Indian journal of veterinary science and animal husbandry - Volume 1,
Year: 1931
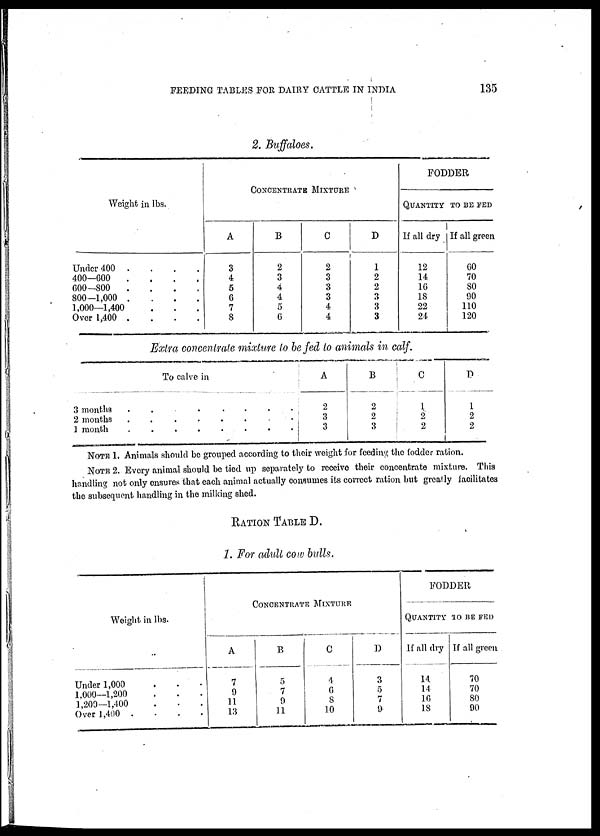
FEEDING TABLES FOR DAIRY CATTLE IN INDIA
135
2. Buffaloes.
Weight in lbs.
Under 400 .
400—600
.
600—800
.
800—1,000 .
1,000—1,400
Over 1,400 .
.
.
.
.
.
.
.
.
.
.
.
.
CONCENTRATE MIXTURE
A
3
4
5
6
7
8
B
2
3
4
4
5
6
C
2
3
3
3
4
4
D
1
2
2
3
3
3
FODDER
QUANTITY
If all dry
12
14
16
18
22
24
TO BE FED
If all green
60
70
80
90
110
120
Extra concentrate mixture to be fed to animals in calf.
3 months
2 months
1 month
To calve in
.
.
.
.
.
.
.
.
.
.
.
.
.
.
.
.
.
.
.
.
.
.
.
.
A
2
3
3
B
2
2
3
C
1
2
2
D
1
2
2
NOTE 1. Animals should be grouped according to their weight for feeding the fodder ration.
NOTE 2. Every animal should be tied up separately to receive their concentrate mixture. This
handling not only ensures that each animal actually consumes its correct ration but greatly facilitates
the subsequent handling in the milking shed.
RATION TABLE D.
1. For adult cow bulls.
Weight in lbs.
Under 1,000
1,000—1,200
1,200—1,400
Over 1,400
CONCENTRATE MIXTURE
A
7
9
11
13
B
5
7
9
11
C
4
6
8
10
D
3
5
7
9
FODDER
QUANTITY TO BE FED
If all dry
14
14
16
18
If all green
70
70
80
90